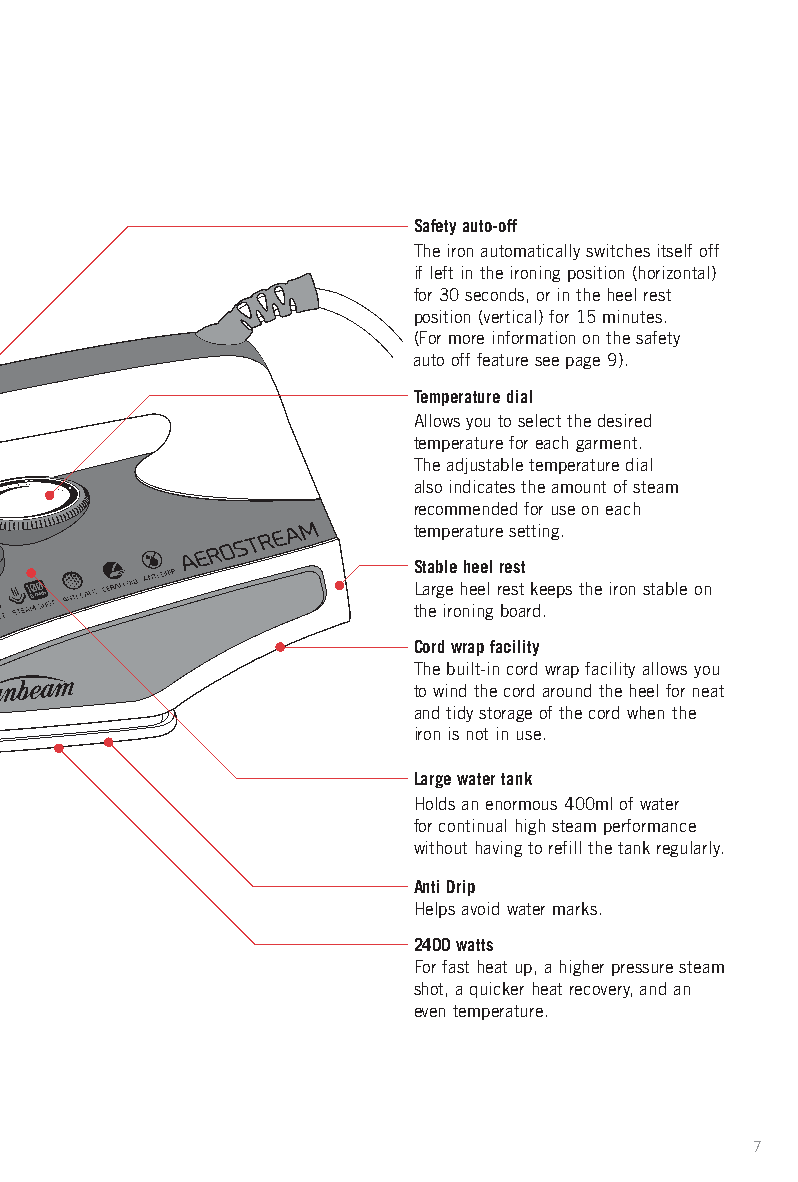
Safety auto-off
 The iron automatically switches itself off
 if left in the ironing position (horizontal)
 for 30 seconds, or in the heel rest
 position (vertical) for 15 minutes.
 (For more information on the safety
 auto off feature see page 9).
 Temperature dial
 Allows you to select the desired
 temperature for each garment.
 The adjustable temperature dial
 also indicates the amount of steam
 recommended for use on each
 temperature setting.
 Stable heel rest
 Large heel rest keeps the iron stable on
 the ironing board.
 Cord wrap facility
 The built-in cord wrap facility allows you
 to wind the cord around the heel for neat
 and tidy storage of the cord when the
 iron is not in use.
 Large water tank
 Holds an enormous 400ml of water
 for continual high steam performance
 without having to refill the tank regularly.
 Anti Drip
 Helps avoid water marks.
 2400 watts
 For fast heat up, a higher pressure steam
 shot, a quicker heat recovery, and an
 even temperature.
 7